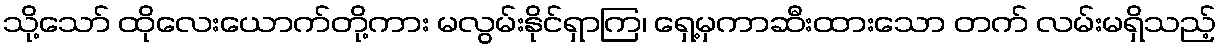
သို့သော် ထိုလေးယောက်တို့ကား မလွမ်းနိုင်ရှာကြ၊ ရှေ့မှကာဆီးထားသော တက် လမ်းမရှိသည့်